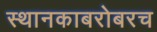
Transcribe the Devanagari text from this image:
स्थानकाबरोबरच